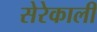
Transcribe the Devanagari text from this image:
सेरेकाली